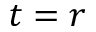
t = r